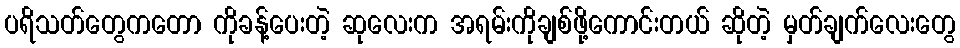
ပရိသတ်တွေကတော ကိုခန့်ပေးတဲ့ ဆုလေးက အရမ်းကိုချစ်ဖို့ကောင်းတယ် ဆိုတဲ့ မှတ်ချက်လေးတွေ